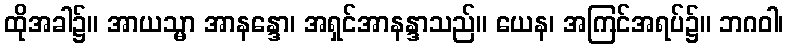
ထိုအခါ၌။ အာယသ္မာ အာနန္ဒော၊ အရှင်အာနန္ဒာသည်။ ယေန၊ အကြင်အရပ်၌။ ဘဂဝါ၊